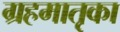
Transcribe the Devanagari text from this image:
ग्रहमातृका